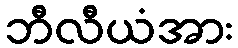
ဘီလီယံအား